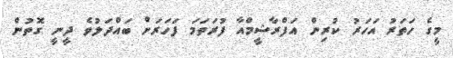
މީގެ ހަތަރު އަހަރު ކުރިން އަފްރާޝީމްއާ ފުރަތަމަ ފަހަރަށް ބައްދަލުވެ ދީނީ ގޮތުން